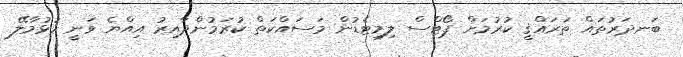
ބަނދަރުތައް ތަރައްޤީ ކުރުމަށް ޕޯޓްސް ލިމިޓެޑުން މަސައްކަތް ކުރަމުންދާއިރު އިއްޔެ ވަނީ ހުޅުމާލޭ